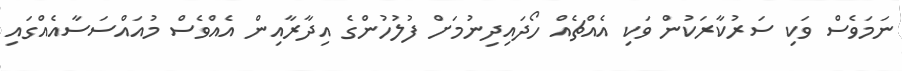
ނަމަވެސް ވަކި ސަރުކާރަކުން ވަކި އެއްޗެއް ހޯދައިދިނުމަށް ފުލުހުންގެ އިދާރާއިން އެއްވެސް މުއައްސަސާއެއްގައި